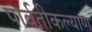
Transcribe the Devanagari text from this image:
पार्वतीकल्याण